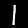
Digit: 1